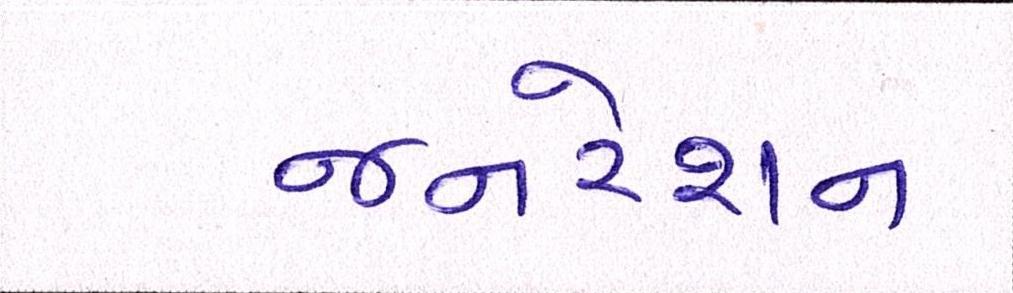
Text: જનરેશન